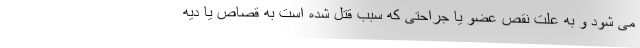
می شود و به علت نقص عضو یا جراحتی که سبب قتل شده است به قصاص یا دیه